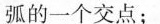
弧的一个交点；